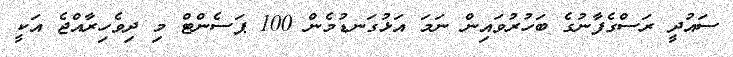
ސައުދީ ރަސްގެފާނުގެ ބަހުރުވައިން ނަމަ އަޅުގަނޑުމެން 100 ޕަސެންޓް މި ދިވެހިރާއްޖެ އަކީ